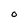
Character: O